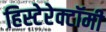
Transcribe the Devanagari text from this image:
हिस्टेरेक्टॉमी